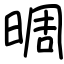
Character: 晭